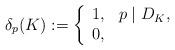
LaTeX: \begin{align*}\delta_p(K) := \left\{\begin{array}{ll} 1, & p\mid D_K, \\ 0, & \end{array} \right.\end{align*}